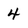
Character: 4